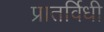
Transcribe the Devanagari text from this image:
प्रातर्विधी